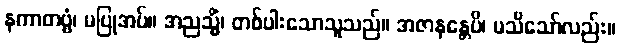
နကာတဗ္ဗံ၊ မပြုအပ်။ အညသ္မိံ၊ တစ်ပါးသောသူသည်။ အဇာနန္တေပိ၊ မသိသော်လည်း။